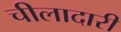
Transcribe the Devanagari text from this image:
चीलादारी